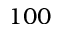
1 0 0